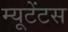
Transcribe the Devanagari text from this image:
म्यूटेंटस